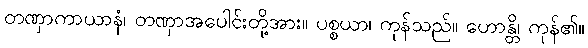
တဏှာကာယာနံ၊ တဏှာအပေါင်းတို့အား။ ပစ္စယာ၊ ကုန်သည်။ ဟောန္တိ၊ ကုန်၏။